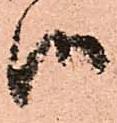
御